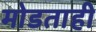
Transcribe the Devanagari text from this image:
मोडताही